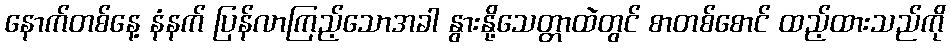
နောက်တစ်နေ့ နံနက် ပြန်လာကြည့်သောအခါ နွားနို့သေတ္တာထဲတွင် စာတစ်စောင် ထည့်ထားသည်ကို